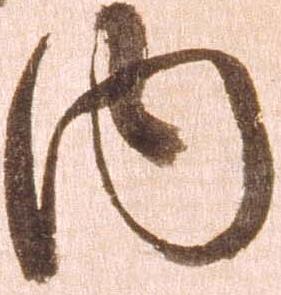
内